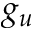
g _ { u }